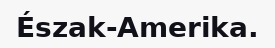
Észak-Amerika.